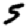
Digit: 5